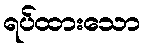
ရပ်ထားသော